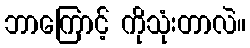
ဘာကြောင့် ကိုသုံးတာလဲ။